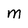
Character: m